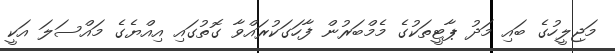
މަޖިލީހުގެ ބައި މަދު ޕާޓީތަކުގެ މެމްބަރުން ފާހަގަކުރައްވާ ގޮތުގައި އިއްޔެގެ މައްސަލަ އަކީ